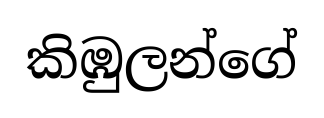
කිඹුලන්ගේ